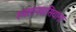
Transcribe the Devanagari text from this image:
श्मशानवासियांना